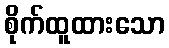
စိုက်ထူထားသော